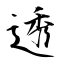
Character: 透